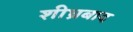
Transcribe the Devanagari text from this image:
शीघ्रबाद